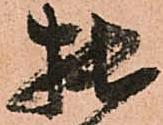
拙